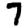
Digit: 7